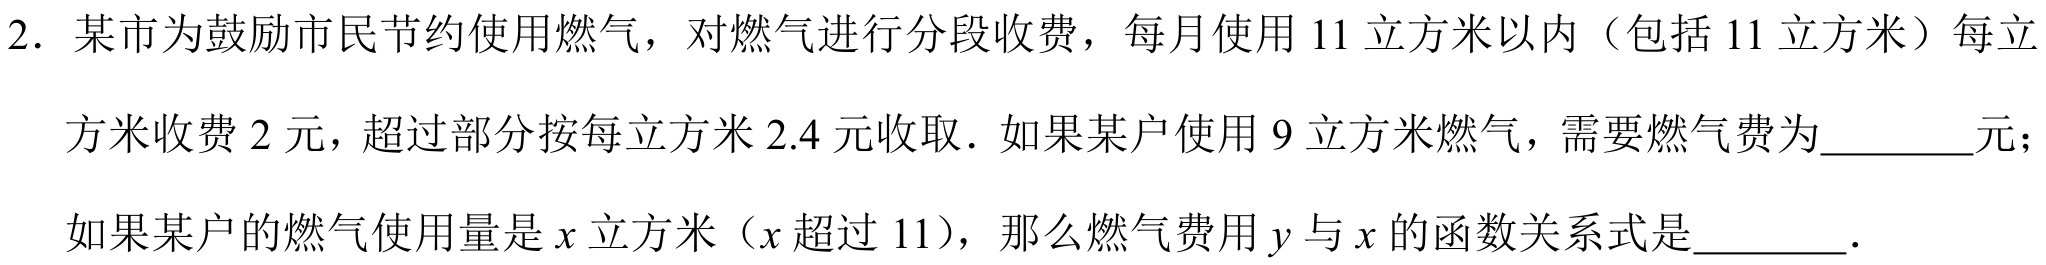
2. 某市为鼓励市民节约使用燃气，对燃气进行分段收费，每月使用11立方米以内（包括11立方米）每立
方米收费2元，超过部分按每立方米2.4元收取．如果某户使用9立方米燃气，需要燃气费为________元；
如果某户的燃气使用量是\(x\)立方米（\(x\)超过11），那么燃气费用\(y\)与\(x\)的函数关系式是________．